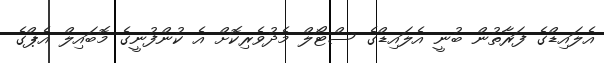
އެލައިޑްގެ ފަރާތުން ބުނީ އެލައިޑްގެ ސްޓޯލް މެދުވެރިކޮށް އެ ކުންފުނީގެ މޮބައިލް އެޕްގެ